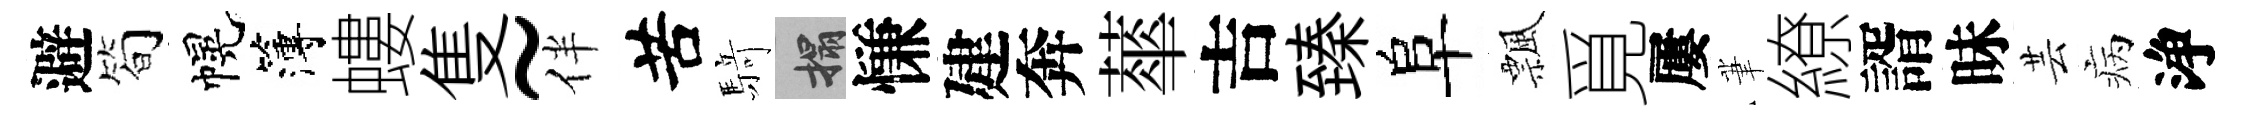
避简幌簿螻隻~伴苦𮪍搨慊建奔蕐吉臻阜飄覓屢茟繚諝昧芸病浄